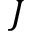
J